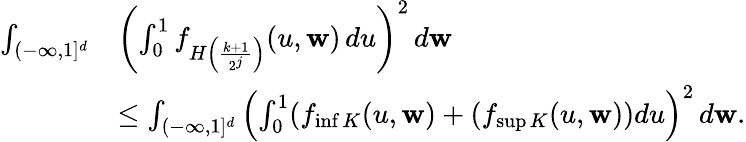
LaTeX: \begin{array}{rl}{\int_{(-\infty,1]^{d}}}&{\left(\int_{0}^{1}f_{H\left(\frac{k+1}{2^{j}}\right)}(u,\mathbf{w})\, du\right)^{2}\, d\mathbf{w}}\\ &{\leq\int_{(-\infty,1]^{d}}\left(\int_{0}^{1}(f_{\operatorname*{inf}K}(u,\mathbf{w})+(f_{\operatorname*{sup}K}(u,\mathbf{w}))du\right)^{2}\, d\mathbf{w}.}\end{array}